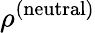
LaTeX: \rho^{(\mathrm{neutral})}